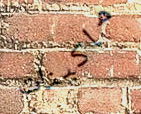
ماكينات